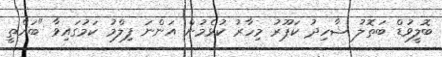
ބޮލީވުޑް ބަތޮލު ޝާހިދު ކަޕޫރު މިހާރު ކުޅެމުން އަންނަ ފިލްމު ކަމުގައިވާ "ބައްތީ